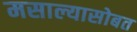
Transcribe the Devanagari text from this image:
मसाल्यासोबत